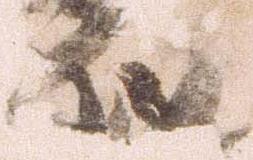
以